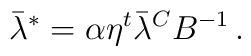
\bar \lambda ^*=\alpha \eta ^t \bar \lambda ^CB^{-1}\,.